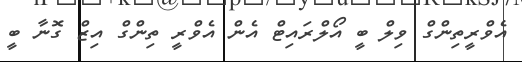
އެވްރީތިންގް ވިލް ބީ އޯލްރައިޓް އެން އެވްރީ ތިންގް އިޒް ގޮނާ ބީ